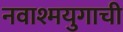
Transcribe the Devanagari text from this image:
नवाश्मयुगाची